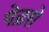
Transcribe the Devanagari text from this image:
पेड़से